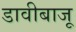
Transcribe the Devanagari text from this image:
डावीबाजू